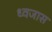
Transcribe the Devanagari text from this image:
ध्वजास